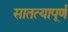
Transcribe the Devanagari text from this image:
सातत्यापूर्ण